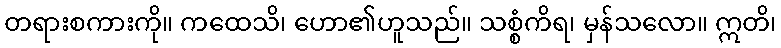
တရားစကားကို။ ကထေသိ၊ ဟော၏ဟူသည်။ သစ္စံကိရ၊ မှန်သလော။ ဣတိ၊